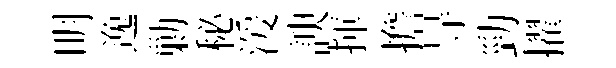
明逸勦秘湲諛揮擔㝵勁擢